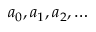
a _ { 0 } , a _ { 1 } , a _ { 2 } , \ldots